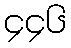
၄၄၆